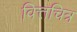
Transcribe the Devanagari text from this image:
वित्तचित्र